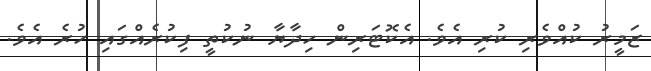
ޒަމީރު ކުއްވެރި ކުރި އެވެ. އެކޮޓަރިން ހިދާޔާ ނުކުތީ ފިކުރެއްގައި ހުރެ އެވެ.